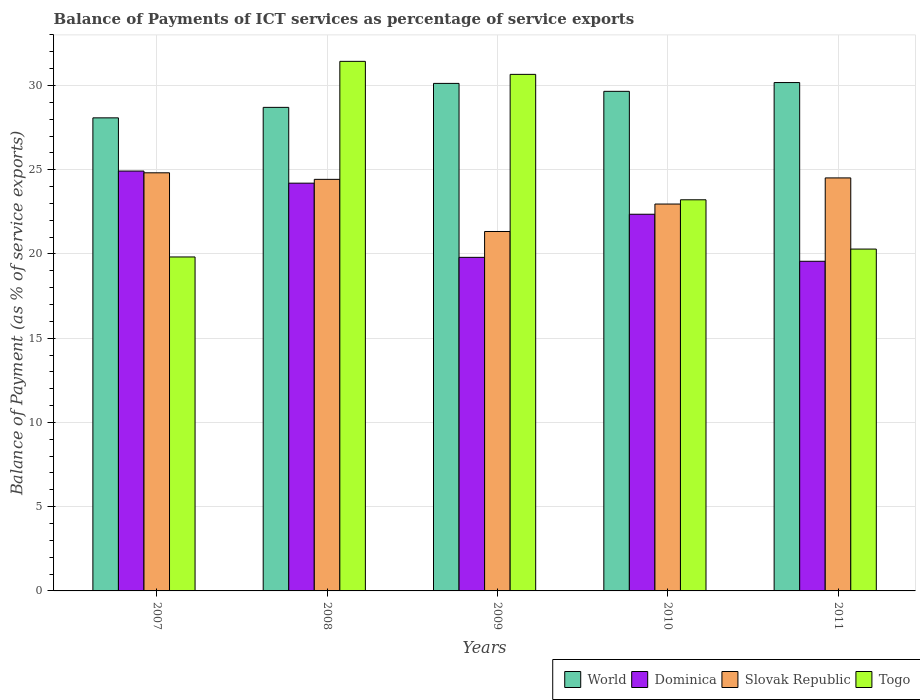
| Years | World | Dominica | Slovak Republic | Togo |
 | --- | --- | --- | --- | --- |
 | 2007 | 28.1 | 24.9 | 24.8 | 19.8 |
 | 2008 | 28.7 | 24.2 | 24.4 | 31.4 |
 | 2009 | 30.1 | 19.8 | 21.3 | 30.7 |
 | 2010 | 29.7 | 22.4 | 23 | 23.2 |
 | 2011 | 30.2 | 19.6 | 24.5 | 20.3 |